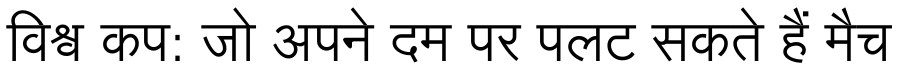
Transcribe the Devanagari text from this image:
विश्व कप: जो अपने दम पर पलट सकते हैं मैच